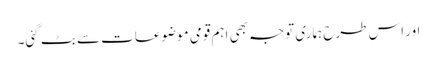
اور اس طرح ہماری توجہ بھی اہم قومی موضوعات سے بٹ گئی۔